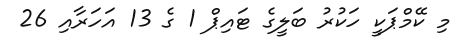
މި ކޭމްޕަކީ ހަކުރު ބަލީގެ ޓައިޕް 1 ގެ 13 އަހަރާއި 26